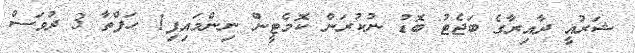
ޝަރުއީ ދާއިރާގެ ބަޖެޓު ބޮޑު ނުކުރަން ކޮމެޓީން ނިންމައިފި1 ހަފްތާ 3 ދުވަސް